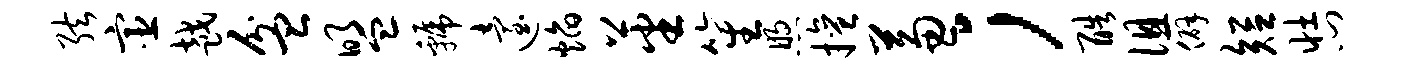
弦宦越盆盟虢迨焰蕃笙煦擅兼；酷徂僻短壮门